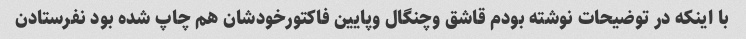
با اینکه در توضیحات نوشته بودم قاشق وچنگال وپایین فاکتورخودشان هم چاپ شده بود نفرستادن